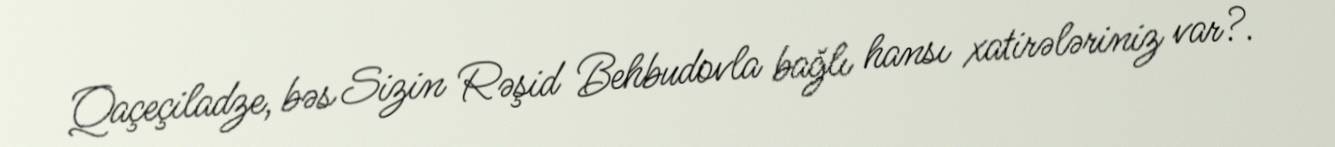
Qaçeçiladze, bəs Sizin Rəşid Behbudovla bağlı hansı xatirələriniz var?.